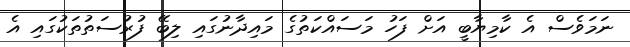
ނަމަވެސް އެ ކާމިޔާބީ އަށް ފަހު މަސައްކަތުގެ މައިދާނުގައި ލިބޭ ފުރުސަތުތަކުގައި އެ